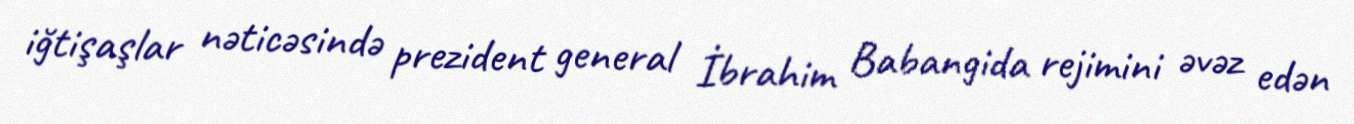
iğtişaşlar nəticəsində prezident general İbrahim Babangida rejimini əvəz edən